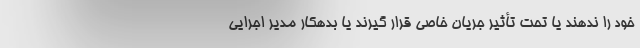
خود را ندهند یا تحت تأثیر جریان خاصی قرار گیرند یا بدهکار مدیر اجرایی